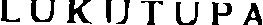
LUKUTUPA